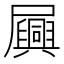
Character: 𫵪